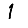
Digit: 1